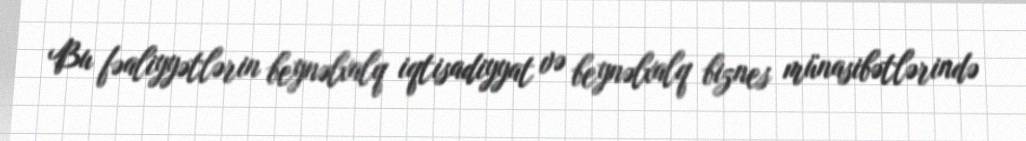
Bu fəaliyyətlərin beynəlxalq iqtisadiyyat və beynəlxalq biznes münasibətlərində